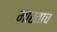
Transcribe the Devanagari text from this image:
मारताच